Civil Veterinary Department. Madras. Admin. report 1926-33 - 1926-1933
Year: 1926
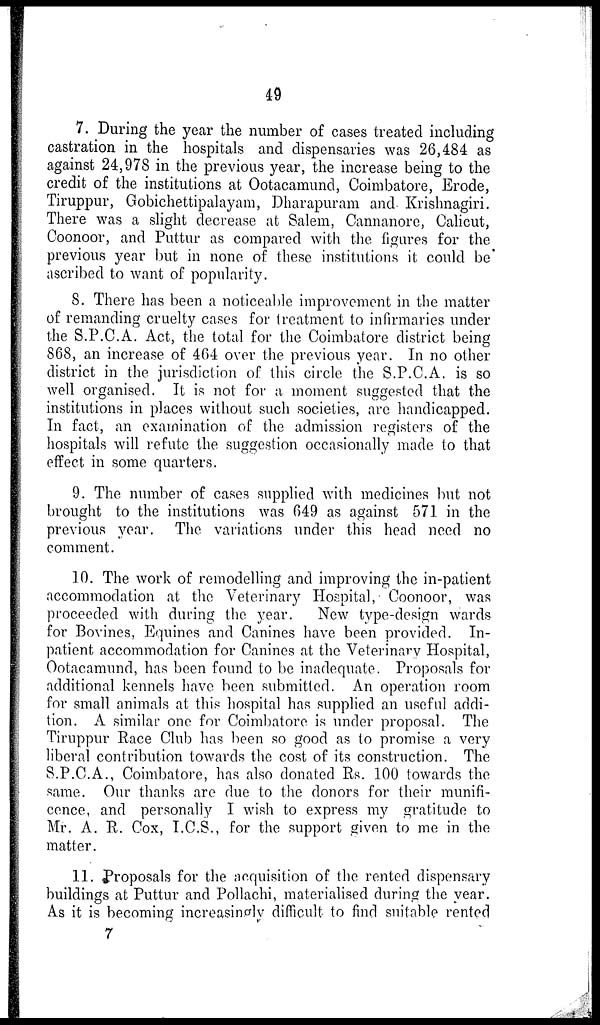
49
7. During the year the number of cases treated including
castration in the hospitals and dispensaries was 26,484 as
against 24,978 in the previous year, the increase being to the
credit of the institutions at Ootacamund, Coimbatore, Erode,
Tiruppur, Gobichettipalayam, Dharapuram and Krishnagiri.
There was a slight decrease at Salem, Cannanore, Calicut,
Coonoor, and Puttur as compared with the figures for the
previous year but in none of these institutions it could be
ascribed to want of popularity.
8. There has been a noticeable improvement in the matter
of remanding cruelty cases for treatment to infirmaries under
the S.P.C.A. Act, the total for the Coimbatore district being
868, an increase of 464 over the previous year. In no other
district in the jurisdiction of this circle the S.P.C.A. is so
well organised. It is not for a moment suggested that the
institutions in places without such societies, arc handicapped.
In fact, an examination of the admission registers of the
hospitals will refute the suggestion occasionally made to that
effect in some quarters.
9. The number of cases supplied with medicines but not
brought to the institutions was 649 as against 571 in the
previous year. The variations under this head need no
comment.
10. The work of remodelling and improving the in-patient
accommodation at the Veterinary Hospital, Coonoor, was
proceeded with during the year.
New type-design wards
for Bovines, Equines and Canines have been provided. In-
patient accommodation for Canines at the Veterinary Hospital,
Ootacamund, has been found to be inadequate. Proposals for
additional kennels have been submitted. An operation room
for small animals at this hospital has supplied an useful addi-
tion. A similar one for Coimbatore is under proposal. The
Tiruppur Race Club has been so good as to promise a very
liberal contribution towards the cost of its construction. The
S.P.C.A., Coimbatore, has also donated Rs. 100 towards the
same. Our thanks are due to the donors for their munifi-
cence, and personally I wish to express my gratitude to
Mr. A. R. Cox, I.C.S., for the support given to me in the
matter.
11. Proposals for the acquisition of the rented dispensary
buildings at Puttur and Pollachi, materialised during the year.
As it is becoming increasingly difficult to find suitable rented
7